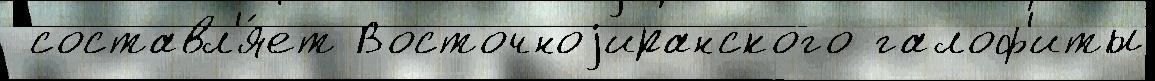
 составл'я́ет Восточноjиранского галоф'иты